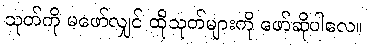
သုတ်ကို မဖော်လျှင် ထိုသုတ်များကို ဖော်ဆိုပါလေ။